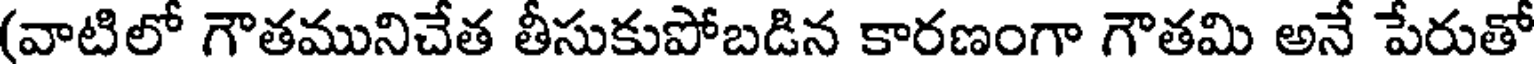
(వాటిలో గౌతమునిచేత తీసుకుపోబడిన కారణంగా గౌతమి అనే పేరుతో